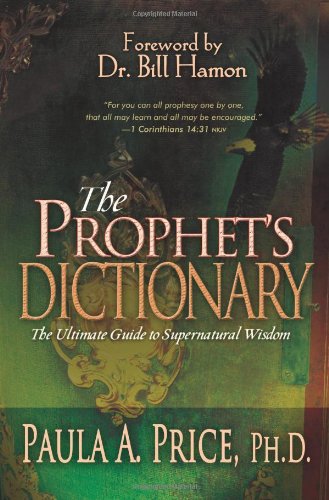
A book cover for Prophets Dictionary; PRICE PAULA; Christian Books & Bibles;